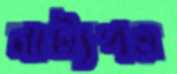
নাট্যপত্র